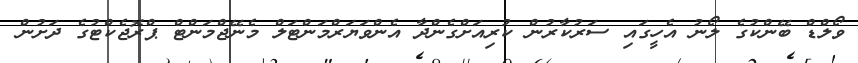
ވޯލްޑް ބޭންކުގެ ލޯނު އެހީގައި ސަރުކާރުން ކުރިއަށްގެންދާ އެންވަޔަރްމަންޓަލް މެނޭޖްމަންޓް ޕްރޮޖެކްޓުގެ ދަށުން